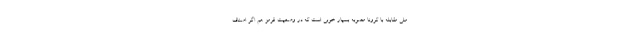
ملی مقابله با کرونا مصوبه بسیار خوبی است که در وضعیت قرمز هم اگر اصناف